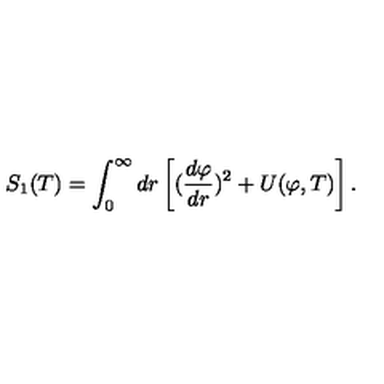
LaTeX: S _ { 1 } ( T ) = \int _ { 0 } ^ { \infty } d r \left[ ( { \frac { d \varphi } { d r } } ) ^ { 2 } + U ( \varphi , T ) \right] .